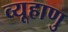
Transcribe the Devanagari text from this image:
व्यूहाणु